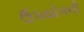
ઉપયોગની